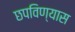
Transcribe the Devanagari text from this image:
छपविण्यास